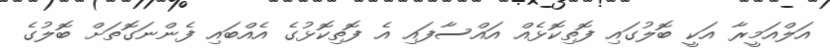
އަލްއަމީރާ އަކީ ބޮލުގައި ފޮތިކޮޅެއް އައްސާފައި އެ ފޮތިކޮޅުގެ އެއްބައި ފެންނަގޮތަށް ބޮލުގެ